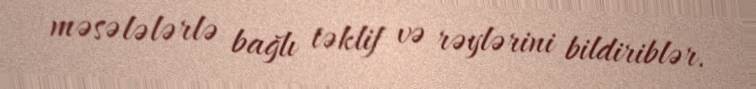
məsələlərlə bağlı təklif və rəylərini bildiriblər.